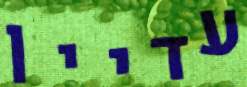
עדיין